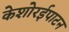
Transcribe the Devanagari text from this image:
केशोरईपाटन